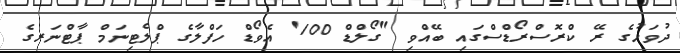
ދުވަހުގެ ރޭ ކްރޮސްރޯޑްސްގައި ބޭއްވި "ގޯލްޑް 100' އެވޯޑް ހަފްލާގެ ޕްލެޓިނަމް ޕާޓްނަރގެ